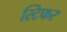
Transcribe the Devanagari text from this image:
स्टिफर